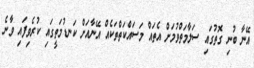
އޭނާ ބުނި ގޮތުގައި ސަލާމަތްވުމަށް އެތައް މަސައްކަތްތަކެއް އޭނާއަށް ކަނޑުމަތީގައި ކުރެވިފައި ވާނެ